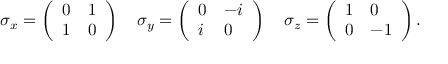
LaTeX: \sigma _ { x } = { \left( \begin{array} { l l } { 0 } & { 1 } \\ { 1 } & { 0 } \end{array} \right) } \, \quad \sigma _ { y } = { \left( \begin{array} { l l } { 0 } & { - i } \\ { i } & { 0 } \end{array} \right) } \, \quad \sigma _ { z } = { \left( \begin{array} { l l } { 1 } & { 0 } \\ { 0 } & { - 1 } \end{array} \right) } \, .